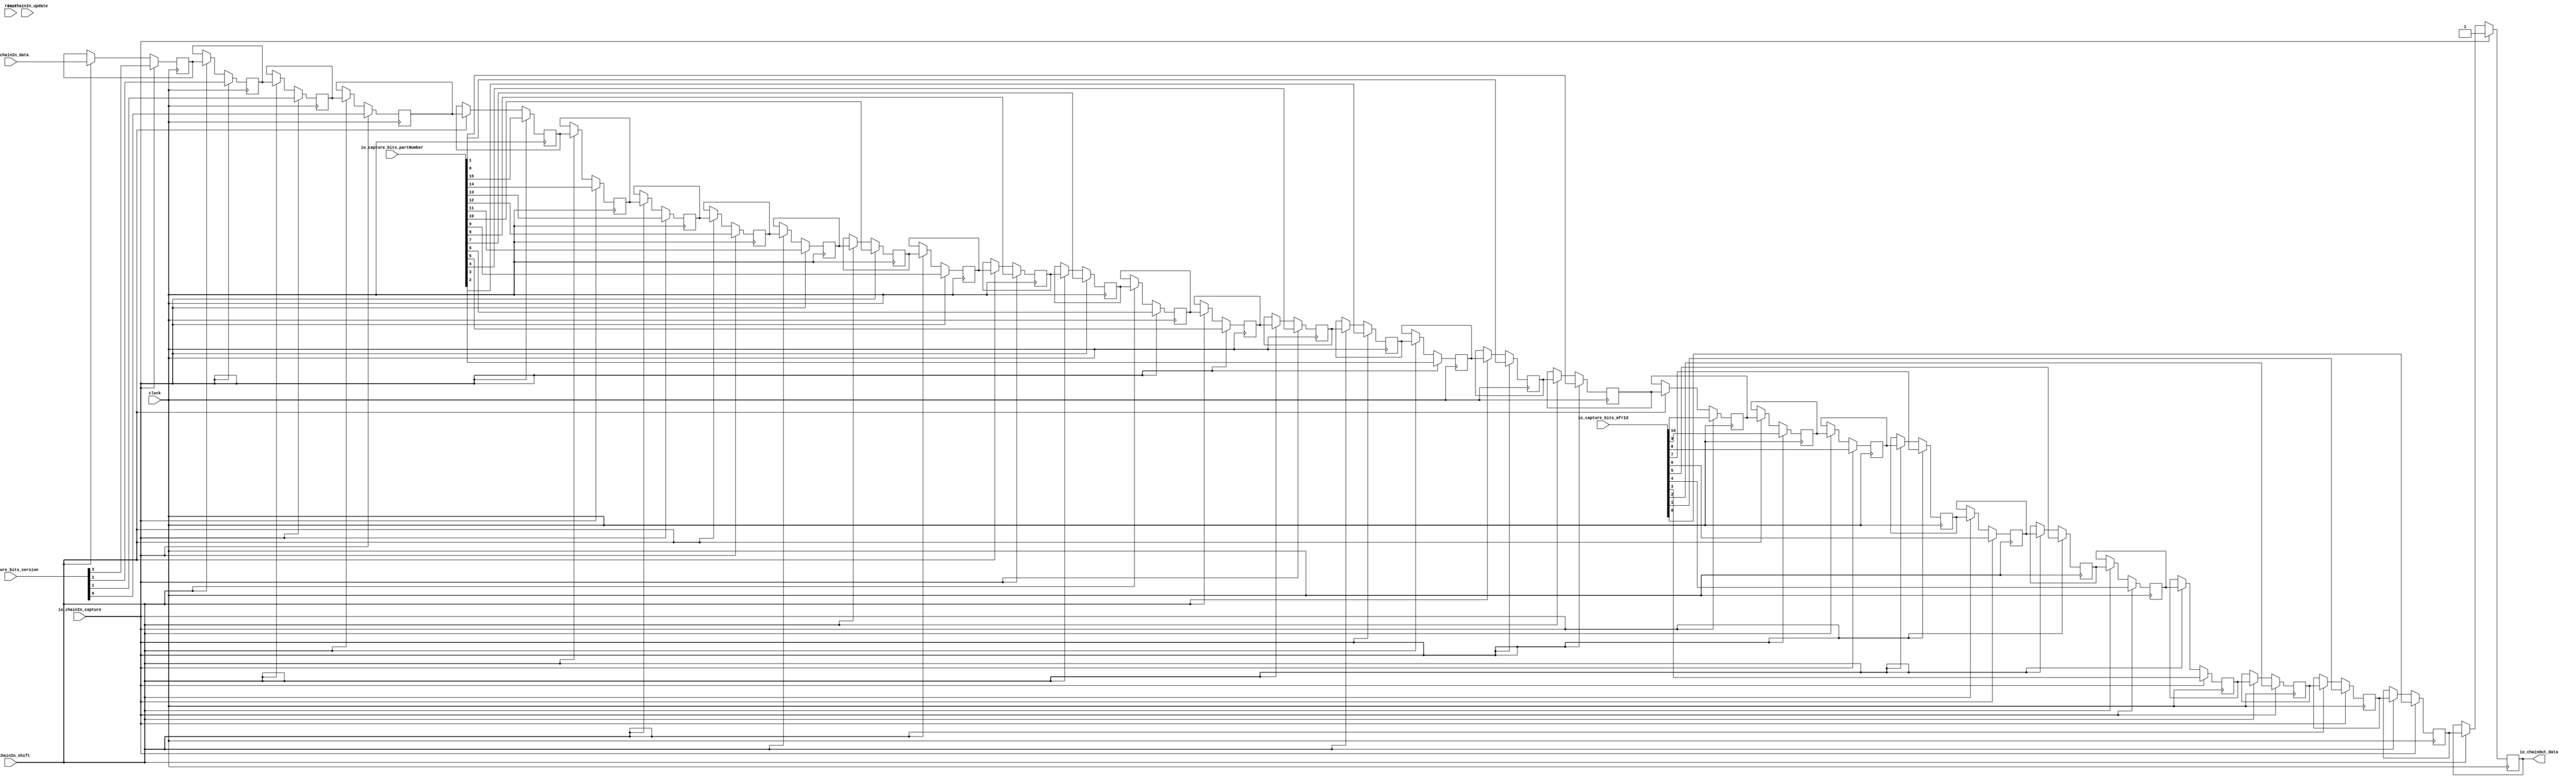
module CaptureChain(
  input         clock,
  input         reset,
  input         io_chainIn_shift,
  input         io_chainIn_data,
  input         io_chainIn_capture,
  input         io_chainIn_update,
  output        io_chainOut_data,
  input  [3:0]  io_capture_bits_version,
  input  [15:0] io_capture_bits_partNumber,
  input  [10:0] io_capture_bits_mfrId
);
`ifdef RANDOMIZE_REG_INIT
  reg [31:0] _RAND_0;
  reg [31:0] _RAND_1;
  reg [31:0] _RAND_2;
  reg [31:0] _RAND_3;
  reg [31:0] _RAND_4;
  reg [31:0] _RAND_5;
  reg [31:0] _RAND_6;
  reg [31:0] _RAND_7;
  reg [31:0] _RAND_8;
  reg [31:0] _RAND_9;
  reg [31:0] _RAND_10;
  reg [31:0] _RAND_11;
  reg [31:0] _RAND_12;
  reg [31:0] _RAND_13;
  reg [31:0] _RAND_14;
  reg [31:0] _RAND_15;
  reg [31:0] _RAND_16;
  reg [31:0] _RAND_17;
  reg [31:0] _RAND_18;
  reg [31:0] _RAND_19;
  reg [31:0] _RAND_20;
  reg [31:0] _RAND_21;
  reg [31:0] _RAND_22;
  reg [31:0] _RAND_23;
  reg [31:0] _RAND_24;
  reg [31:0] _RAND_25;
  reg [31:0] _RAND_26;
  reg [31:0] _RAND_27;
  reg [31:0] _RAND_28;
  reg [31:0] _RAND_29;
  reg [31:0] _RAND_30;
  reg [31:0] _RAND_31;
`endif // RANDOMIZE_REG_INIT
  reg  regs_0; // @[JtagShifter.scala 101:39]
  reg  regs_1; // @[JtagShifter.scala 101:39]
  reg  regs_2; // @[JtagShifter.scala 101:39]
  reg  regs_3; // @[JtagShifter.scala 101:39]
  reg  regs_4; // @[JtagShifter.scala 101:39]
  reg  regs_5; // @[JtagShifter.scala 101:39]
  reg  regs_6; // @[JtagShifter.scala 101:39]
  reg  regs_7; // @[JtagShifter.scala 101:39]
  reg  regs_8; // @[JtagShifter.scala 101:39]
  reg  regs_9; // @[JtagShifter.scala 101:39]
  reg  regs_10; // @[JtagShifter.scala 101:39]
  reg  regs_11; // @[JtagShifter.scala 101:39]
  reg  regs_12; // @[JtagShifter.scala 101:39]
  reg  regs_13; // @[JtagShifter.scala 101:39]
  reg  regs_14; // @[JtagShifter.scala 101:39]
  reg  regs_15; // @[JtagShifter.scala 101:39]
  reg  regs_16; // @[JtagShifter.scala 101:39]
  reg  regs_17; // @[JtagShifter.scala 101:39]
  reg  regs_18; // @[JtagShifter.scala 101:39]
  reg  regs_19; // @[JtagShifter.scala 101:39]
  reg  regs_20; // @[JtagShifter.scala 101:39]
  reg  regs_21; // @[JtagShifter.scala 101:39]
  reg  regs_22; // @[JtagShifter.scala 101:39]
  reg  regs_23; // @[JtagShifter.scala 101:39]
  reg  regs_24; // @[JtagShifter.scala 101:39]
  reg  regs_25; // @[JtagShifter.scala 101:39]
  reg  regs_26; // @[JtagShifter.scala 101:39]
  reg  regs_27; // @[JtagShifter.scala 101:39]
  reg  regs_28; // @[JtagShifter.scala 101:39]
  reg  regs_29; // @[JtagShifter.scala 101:39]
  reg  regs_30; // @[JtagShifter.scala 101:39]
  reg  regs_31; // @[JtagShifter.scala 101:39]
  wire [31:0] _regs_0_T = {io_capture_bits_version,io_capture_bits_partNumber,io_capture_bits_mfrId,1'h1}; // @[JtagShifter.scala 108:60]
  wire  _T_1 = ~(io_chainIn_capture & io_chainIn_update); // @[JtagShifter.scala 117:10]
  wire  _T_4 = _T_1 & ~(io_chainIn_capture & io_chainIn_shift); // @[JtagShifter.scala 118:7]
  wire  _T_7 = _T_4 & ~(io_chainIn_update & io_chainIn_shift); // @[JtagShifter.scala 119:7]
  assign io_chainOut_data = regs_0; // @[JtagShifter.scala 103:20]
  always @(posedge clock) begin
    if (io_chainIn_capture) begin // @[JtagShifter.scala 107:29]
      regs_0 <= _regs_0_T[0]; // @[JtagShifter.scala 108:35]
    end else if (io_chainIn_shift) begin // @[JtagShifter.scala 110:34]
      regs_0 <= regs_1; // @[JtagShifter.scala 112:37]
    end
    if (io_chainIn_capture) begin // @[JtagShifter.scala 107:29]
      regs_1 <= _regs_0_T[1]; // @[JtagShifter.scala 108:35]
    end else if (io_chainIn_shift) begin // @[JtagShifter.scala 110:34]
      regs_1 <= regs_2; // @[JtagShifter.scala 112:37]
    end
    if (io_chainIn_capture) begin // @[JtagShifter.scala 107:29]
      regs_2 <= _regs_0_T[2]; // @[JtagShifter.scala 108:35]
    end else if (io_chainIn_shift) begin // @[JtagShifter.scala 110:34]
      regs_2 <= regs_3; // @[JtagShifter.scala 112:37]
    end
    if (io_chainIn_capture) begin // @[JtagShifter.scala 107:29]
      regs_3 <= _regs_0_T[3]; // @[JtagShifter.scala 108:35]
    end else if (io_chainIn_shift) begin // @[JtagShifter.scala 110:34]
      regs_3 <= regs_4; // @[JtagShifter.scala 112:37]
    end
    if (io_chainIn_capture) begin // @[JtagShifter.scala 107:29]
      regs_4 <= _regs_0_T[4]; // @[JtagShifter.scala 108:35]
    end else if (io_chainIn_shift) begin // @[JtagShifter.scala 110:34]
      regs_4 <= regs_5; // @[JtagShifter.scala 112:37]
    end
    if (io_chainIn_capture) begin // @[JtagShifter.scala 107:29]
      regs_5 <= _regs_0_T[5]; // @[JtagShifter.scala 108:35]
    end else if (io_chainIn_shift) begin // @[JtagShifter.scala 110:34]
      regs_5 <= regs_6; // @[JtagShifter.scala 112:37]
    end
    if (io_chainIn_capture) begin // @[JtagShifter.scala 107:29]
      regs_6 <= _regs_0_T[6]; // @[JtagShifter.scala 108:35]
    end else if (io_chainIn_shift) begin // @[JtagShifter.scala 110:34]
      regs_6 <= regs_7; // @[JtagShifter.scala 112:37]
    end
    if (io_chainIn_capture) begin // @[JtagShifter.scala 107:29]
      regs_7 <= _regs_0_T[7]; // @[JtagShifter.scala 108:35]
    end else if (io_chainIn_shift) begin // @[JtagShifter.scala 110:34]
      regs_7 <= regs_8; // @[JtagShifter.scala 112:37]
    end
    if (io_chainIn_capture) begin // @[JtagShifter.scala 107:29]
      regs_8 <= _regs_0_T[8]; // @[JtagShifter.scala 108:35]
    end else if (io_chainIn_shift) begin // @[JtagShifter.scala 110:34]
      regs_8 <= regs_9; // @[JtagShifter.scala 112:37]
    end
    if (io_chainIn_capture) begin // @[JtagShifter.scala 107:29]
      regs_9 <= _regs_0_T[9]; // @[JtagShifter.scala 108:35]
    end else if (io_chainIn_shift) begin // @[JtagShifter.scala 110:34]
      regs_9 <= regs_10; // @[JtagShifter.scala 112:37]
    end
    if (io_chainIn_capture) begin // @[JtagShifter.scala 107:29]
      regs_10 <= _regs_0_T[10]; // @[JtagShifter.scala 108:35]
    end else if (io_chainIn_shift) begin // @[JtagShifter.scala 110:34]
      regs_10 <= regs_11; // @[JtagShifter.scala 112:37]
    end
    if (io_chainIn_capture) begin // @[JtagShifter.scala 107:29]
      regs_11 <= _regs_0_T[11]; // @[JtagShifter.scala 108:35]
    end else if (io_chainIn_shift) begin // @[JtagShifter.scala 110:34]
      regs_11 <= regs_12; // @[JtagShifter.scala 112:37]
    end
    if (io_chainIn_capture) begin // @[JtagShifter.scala 107:29]
      regs_12 <= _regs_0_T[12]; // @[JtagShifter.scala 108:35]
    end else if (io_chainIn_shift) begin // @[JtagShifter.scala 110:34]
      regs_12 <= regs_13; // @[JtagShifter.scala 112:37]
    end
    if (io_chainIn_capture) begin // @[JtagShifter.scala 107:29]
      regs_13 <= _regs_0_T[13]; // @[JtagShifter.scala 108:35]
    end else if (io_chainIn_shift) begin // @[JtagShifter.scala 110:34]
      regs_13 <= regs_14; // @[JtagShifter.scala 112:37]
    end
    if (io_chainIn_capture) begin // @[JtagShifter.scala 107:29]
      regs_14 <= _regs_0_T[14]; // @[JtagShifter.scala 108:35]
    end else if (io_chainIn_shift) begin // @[JtagShifter.scala 110:34]
      regs_14 <= regs_15; // @[JtagShifter.scala 112:37]
    end
    if (io_chainIn_capture) begin // @[JtagShifter.scala 107:29]
      regs_15 <= _regs_0_T[15]; // @[JtagShifter.scala 108:35]
    end else if (io_chainIn_shift) begin // @[JtagShifter.scala 110:34]
      regs_15 <= regs_16; // @[JtagShifter.scala 112:37]
    end
    if (io_chainIn_capture) begin // @[JtagShifter.scala 107:29]
      regs_16 <= _regs_0_T[16]; // @[JtagShifter.scala 108:35]
    end else if (io_chainIn_shift) begin // @[JtagShifter.scala 110:34]
      regs_16 <= regs_17; // @[JtagShifter.scala 112:37]
    end
    if (io_chainIn_capture) begin // @[JtagShifter.scala 107:29]
      regs_17 <= _regs_0_T[17]; // @[JtagShifter.scala 108:35]
    end else if (io_chainIn_shift) begin // @[JtagShifter.scala 110:34]
      regs_17 <= regs_18; // @[JtagShifter.scala 112:37]
    end
    if (io_chainIn_capture) begin // @[JtagShifter.scala 107:29]
      regs_18 <= _regs_0_T[18]; // @[JtagShifter.scala 108:35]
    end else if (io_chainIn_shift) begin // @[JtagShifter.scala 110:34]
      regs_18 <= regs_19; // @[JtagShifter.scala 112:37]
    end
    if (io_chainIn_capture) begin // @[JtagShifter.scala 107:29]
      regs_19 <= _regs_0_T[19]; // @[JtagShifter.scala 108:35]
    end else if (io_chainIn_shift) begin // @[JtagShifter.scala 110:34]
      regs_19 <= regs_20; // @[JtagShifter.scala 112:37]
    end
    if (io_chainIn_capture) begin // @[JtagShifter.scala 107:29]
      regs_20 <= _regs_0_T[20]; // @[JtagShifter.scala 108:35]
    end else if (io_chainIn_shift) begin // @[JtagShifter.scala 110:34]
      regs_20 <= regs_21; // @[JtagShifter.scala 112:37]
    end
    if (io_chainIn_capture) begin // @[JtagShifter.scala 107:29]
      regs_21 <= _regs_0_T[21]; // @[JtagShifter.scala 108:35]
    end else if (io_chainIn_shift) begin // @[JtagShifter.scala 110:34]
      regs_21 <= regs_22; // @[JtagShifter.scala 112:37]
    end
    if (io_chainIn_capture) begin // @[JtagShifter.scala 107:29]
      regs_22 <= _regs_0_T[22]; // @[JtagShifter.scala 108:35]
    end else if (io_chainIn_shift) begin // @[JtagShifter.scala 110:34]
      regs_22 <= regs_23; // @[JtagShifter.scala 112:37]
    end
    if (io_chainIn_capture) begin // @[JtagShifter.scala 107:29]
      regs_23 <= _regs_0_T[23]; // @[JtagShifter.scala 108:35]
    end else if (io_chainIn_shift) begin // @[JtagShifter.scala 110:34]
      regs_23 <= regs_24; // @[JtagShifter.scala 112:37]
    end
    if (io_chainIn_capture) begin // @[JtagShifter.scala 107:29]
      regs_24 <= _regs_0_T[24]; // @[JtagShifter.scala 108:35]
    end else if (io_chainIn_shift) begin // @[JtagShifter.scala 110:34]
      regs_24 <= regs_25; // @[JtagShifter.scala 112:37]
    end
    if (io_chainIn_capture) begin // @[JtagShifter.scala 107:29]
      regs_25 <= _regs_0_T[25]; // @[JtagShifter.scala 108:35]
    end else if (io_chainIn_shift) begin // @[JtagShifter.scala 110:34]
      regs_25 <= regs_26; // @[JtagShifter.scala 112:37]
    end
    if (io_chainIn_capture) begin // @[JtagShifter.scala 107:29]
      regs_26 <= _regs_0_T[26]; // @[JtagShifter.scala 108:35]
    end else if (io_chainIn_shift) begin // @[JtagShifter.scala 110:34]
      regs_26 <= regs_27; // @[JtagShifter.scala 112:37]
    end
    if (io_chainIn_capture) begin // @[JtagShifter.scala 107:29]
      regs_27 <= _regs_0_T[27]; // @[JtagShifter.scala 108:35]
    end else if (io_chainIn_shift) begin // @[JtagShifter.scala 110:34]
      regs_27 <= regs_28; // @[JtagShifter.scala 112:37]
    end
    if (io_chainIn_capture) begin // @[JtagShifter.scala 107:29]
      regs_28 <= _regs_0_T[28]; // @[JtagShifter.scala 108:35]
    end else if (io_chainIn_shift) begin // @[JtagShifter.scala 110:34]
      regs_28 <= regs_29; // @[JtagShifter.scala 112:37]
    end
    if (io_chainIn_capture) begin // @[JtagShifter.scala 107:29]
      regs_29 <= _regs_0_T[29]; // @[JtagShifter.scala 108:35]
    end else if (io_chainIn_shift) begin // @[JtagShifter.scala 110:34]
      regs_29 <= regs_30; // @[JtagShifter.scala 112:37]
    end
    if (io_chainIn_capture) begin // @[JtagShifter.scala 107:29]
      regs_30 <= _regs_0_T[30]; // @[JtagShifter.scala 108:35]
    end else if (io_chainIn_shift) begin // @[JtagShifter.scala 110:34]
      regs_30 <= regs_31; // @[JtagShifter.scala 112:37]
    end
    if (io_chainIn_capture) begin // @[JtagShifter.scala 107:29]
      regs_31 <= _regs_0_T[31]; // @[JtagShifter.scala 108:35]
    end else if (io_chainIn_shift) begin // @[JtagShifter.scala 110:34]
      regs_31 <= io_chainIn_data; // @[JtagShifter.scala 111:15]
    end
    `ifndef SYNTHESIS
    `ifdef STOP_COND
      if (`STOP_COND) begin
    `endif
        if (~_T_7 & ~reset) begin
          $fatal; // @[JtagShifter.scala 117:9]
        end
    `ifdef STOP_COND
      end
    `endif
    `endif // SYNTHESIS
    `ifndef SYNTHESIS
    `ifdef PRINTF_COND
      if (`PRINTF_COND) begin
    `endif
        if (~reset & ~_T_7) begin
          $fwrite(32'h80000002,
            "Assertion failed\n    at JtagShifter.scala:117 assert(!(io.chainIn.capture && io.chainIn.update)\n"); // @[JtagShifter.scala 117:9]
        end
    `ifdef PRINTF_COND
      end
    `endif
    `endif // SYNTHESIS
  end
// Register and memory initialization
`ifdef RANDOMIZE_GARBAGE_ASSIGN
`define RANDOMIZE
`endif
`ifdef RANDOMIZE_INVALID_ASSIGN
`define RANDOMIZE
`endif
`ifdef RANDOMIZE_REG_INIT
`define RANDOMIZE
`endif
`ifdef RANDOMIZE_MEM_INIT
`define RANDOMIZE
`endif
`ifndef RANDOM
`define RANDOM $random
`endif
`ifdef RANDOMIZE_MEM_INIT
  integer initvar;
`endif
`ifndef SYNTHESIS
`ifdef FIRRTL_BEFORE_INITIAL
`FIRRTL_BEFORE_INITIAL
`endif
initial begin
  `ifdef RANDOMIZE
    `ifdef INIT_RANDOM
      `INIT_RANDOM
    `endif
    `ifndef VERILATOR
      `ifdef RANDOMIZE_DELAY
        #`RANDOMIZE_DELAY begin end
      `else
        #0.002 begin end
      `endif
    `endif
`ifdef RANDOMIZE_REG_INIT
  _RAND_0 = {1{`RANDOM}};
  regs_0 = _RAND_0[0:0];
  _RAND_1 = {1{`RANDOM}};
  regs_1 = _RAND_1[0:0];
  _RAND_2 = {1{`RANDOM}};
  regs_2 = _RAND_2[0:0];
  _RAND_3 = {1{`RANDOM}};
  regs_3 = _RAND_3[0:0];
  _RAND_4 = {1{`RANDOM}};
  regs_4 = _RAND_4[0:0];
  _RAND_5 = {1{`RANDOM}};
  regs_5 = _RAND_5[0:0];
  _RAND_6 = {1{`RANDOM}};
  regs_6 = _RAND_6[0:0];
  _RAND_7 = {1{`RANDOM}};
  regs_7 = _RAND_7[0:0];
  _RAND_8 = {1{`RANDOM}};
  regs_8 = _RAND_8[0:0];
  _RAND_9 = {1{`RANDOM}};
  regs_9 = _RAND_9[0:0];
  _RAND_10 = {1{`RANDOM}};
  regs_10 = _RAND_10[0:0];
  _RAND_11 = {1{`RANDOM}};
  regs_11 = _RAND_11[0:0];
  _RAND_12 = {1{`RANDOM}};
  regs_12 = _RAND_12[0:0];
  _RAND_13 = {1{`RANDOM}};
  regs_13 = _RAND_13[0:0];
  _RAND_14 = {1{`RANDOM}};
  regs_14 = _RAND_14[0:0];
  _RAND_15 = {1{`RANDOM}};
  regs_15 = _RAND_15[0:0];
  _RAND_16 = {1{`RANDOM}};
  regs_16 = _RAND_16[0:0];
  _RAND_17 = {1{`RANDOM}};
  regs_17 = _RAND_17[0:0];
  _RAND_18 = {1{`RANDOM}};
  regs_18 = _RAND_18[0:0];
  _RAND_19 = {1{`RANDOM}};
  regs_19 = _RAND_19[0:0];
  _RAND_20 = {1{`RANDOM}};
  regs_20 = _RAND_20[0:0];
  _RAND_21 = {1{`RANDOM}};
  regs_21 = _RAND_21[0:0];
  _RAND_22 = {1{`RANDOM}};
  regs_22 = _RAND_22[0:0];
  _RAND_23 = {1{`RANDOM}};
  regs_23 = _RAND_23[0:0];
  _RAND_24 = {1{`RANDOM}};
  regs_24 = _RAND_24[0:0];
  _RAND_25 = {1{`RANDOM}};
  regs_25 = _RAND_25[0:0];
  _RAND_26 = {1{`RANDOM}};
  regs_26 = _RAND_26[0:0];
  _RAND_27 = {1{`RANDOM}};
  regs_27 = _RAND_27[0:0];
  _RAND_28 = {1{`RANDOM}};
  regs_28 = _RAND_28[0:0];
  _RAND_29 = {1{`RANDOM}};
  regs_29 = _RAND_29[0:0];
  _RAND_30 = {1{`RANDOM}};
  regs_30 = _RAND_30[0:0];
  _RAND_31 = {1{`RANDOM}};
  regs_31 = _RAND_31[0:0];
`endif // RANDOMIZE_REG_INIT
  `endif // RANDOMIZE
end // initial
`ifdef FIRRTL_AFTER_INITIAL
`FIRRTL_AFTER_INITIAL
`endif
`endif // SYNTHESIS
endmodule